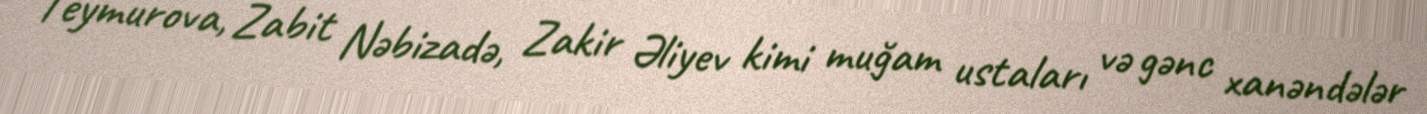
Teymurova, Zabit Nəbizadə, Zakir Əliyev kimi muğam ustaları və gənc xanəndələr